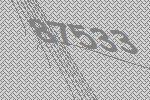
87533